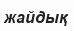
жайдық